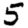
Digit: 5